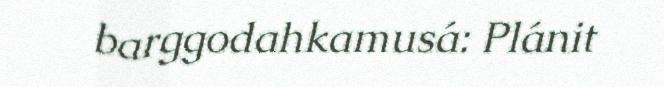
barggodahkamusá: Plánit